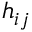
h _ { i j }